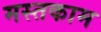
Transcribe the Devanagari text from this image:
मस्तकाम